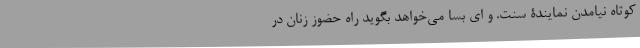
کوتاه نیامدن نمایندۀ سنت‌. و ای بسا می‌خواهد بگوید راه حضوز زنان در